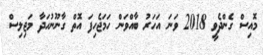
މޮއިސް ގެންދެވީ 2018 ވަނަ އަހަރު ބާއްވަން ހަމަޖެހިފަ އޮތް ގާނޫނުހަދާ މަޖިލިސް